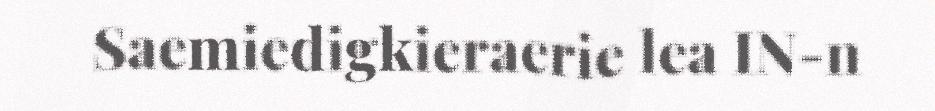
Saemiedigkieraerie lea IN-n